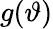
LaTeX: g(\vartheta)